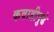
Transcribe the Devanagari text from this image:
कवाडीपुढे